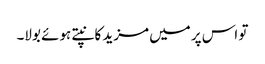
تو اس پر میں مزید کانپتے ہوئے بولا۔